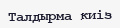
Талдырма киіз